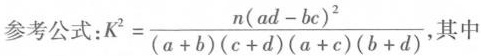
参考公式：$$K ^ { 2 } = \frac { n ( a d - b c ) ^ { 2 } } { ( a + b ) ( c + d ) ( a + c ) ( b + d ) }$$,其中